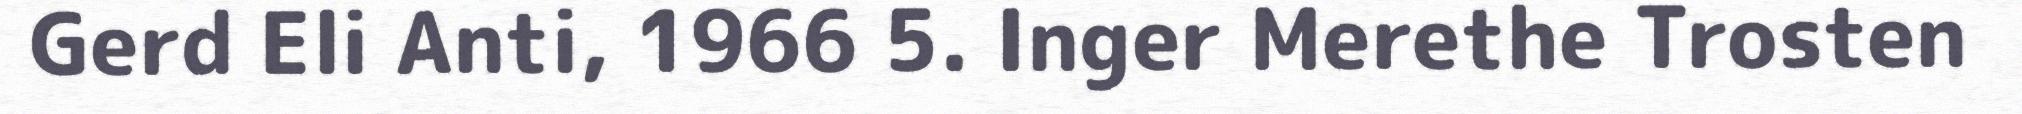
Gerd Eli Anti, 1966 5. Inger Merethe Trosten